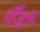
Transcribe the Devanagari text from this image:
चैंडी